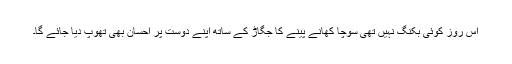
اس روز کوئی بکنگ نہیں تھی سوچا کھانے پینے کا جگاڑ کے ساتھ اپنے دوست پر احسان بھی تھوپ دیا جائے گا۔